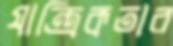
যান্ত্রিকতার